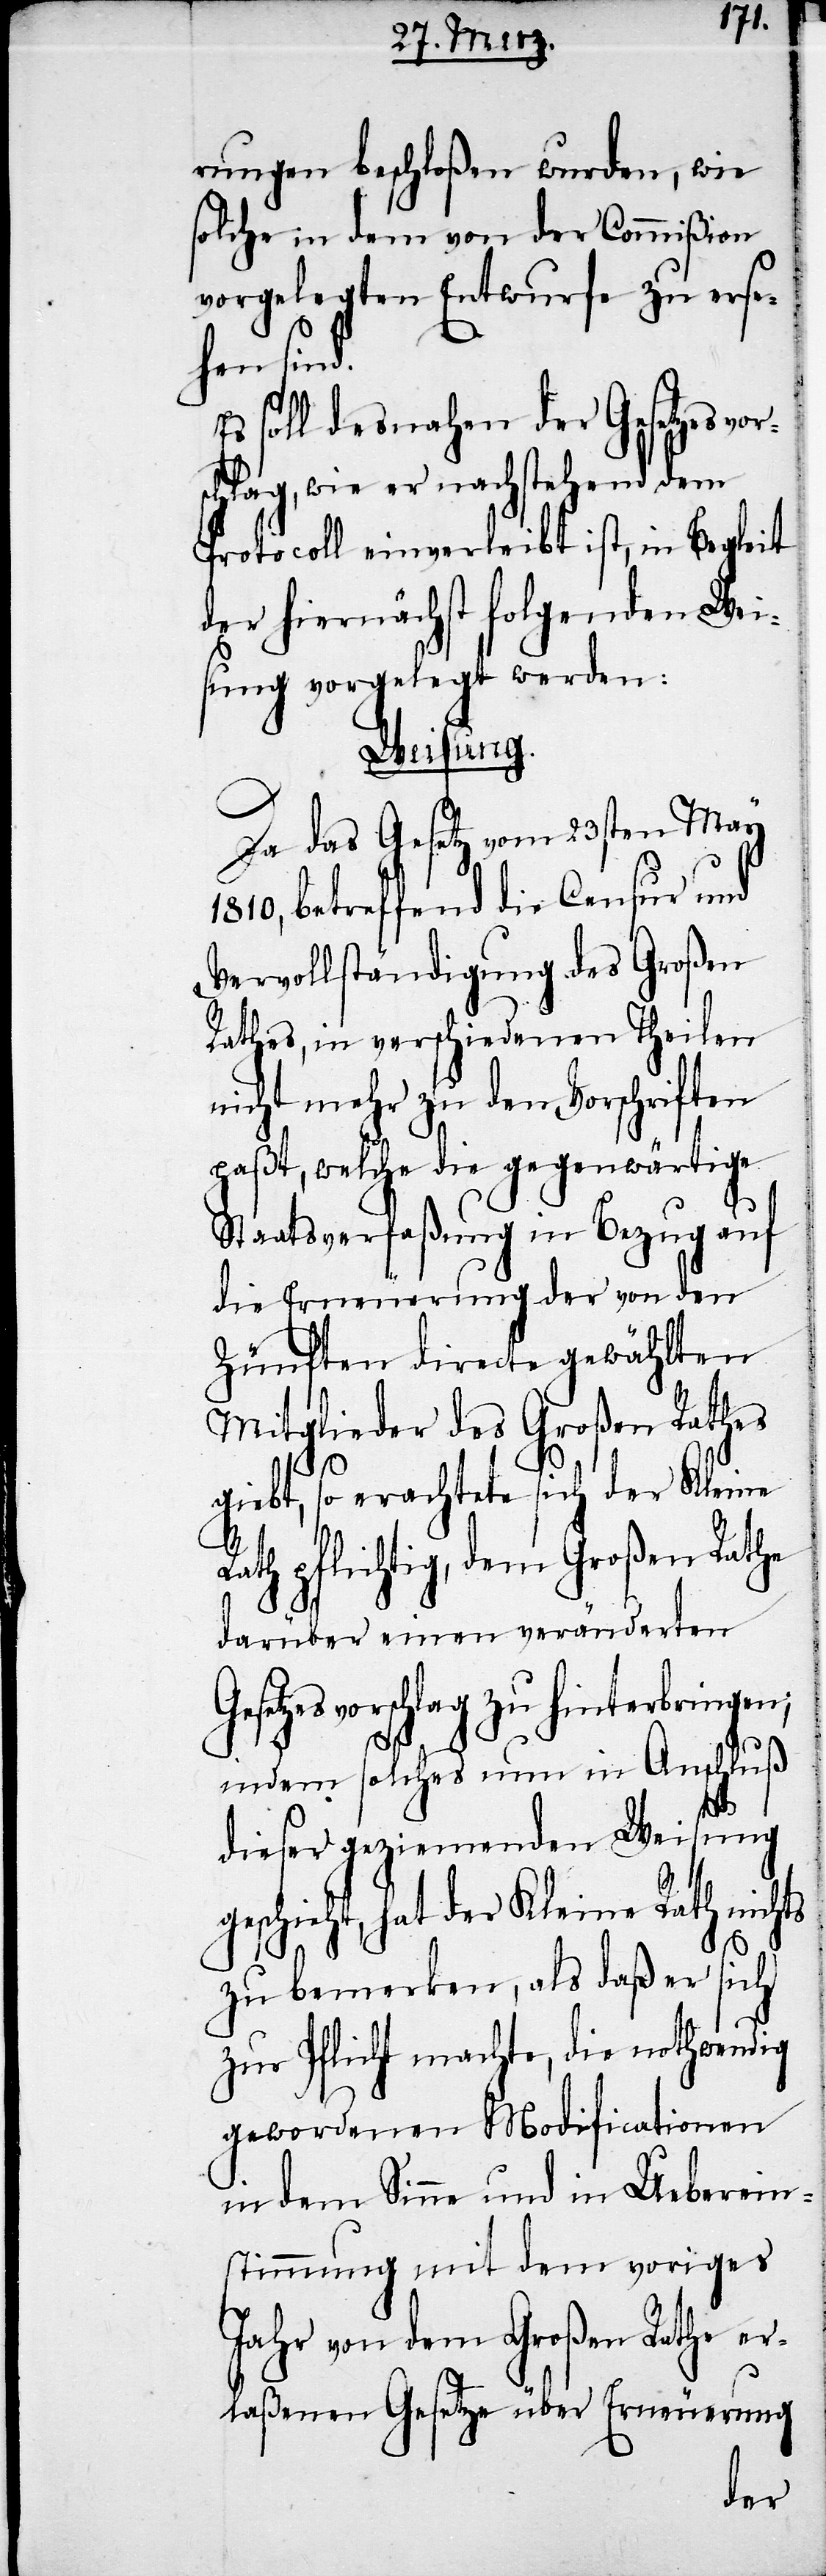
rungen beschloßen wurden, wie
solche in dem von der Commißion
vorgelegten Entwurfe zu erse¬
hen sind.
soll desnahen der Gesetzesvor¬
hlag, wie er nachstehend dem
Protocoll einverleibt ist, in Begleit
der hiernächst folgenden Wei¬
sung vorgelegt werden:
Weisung.
Da das Gesetz vom 23sten May
1810, betreffend die Censur und
Rathes, in verschiedenen Theilen
nicht mehr zu den Vorschriften
Staatsverfaßung in Bezug auf
die Erneuerung der von den
Zünften directe gewählten
Mitglieder des Großen Rathes
giebt, so erachtete sich der Kleine
Rath pflichtig, dem Großen Rathe
darüber einen veränderten
Gesetzesvorschlag zu hinterbringen;
indem solches nun in Anschluß
dieser geziemenden Weisung
geschieht, hat der Kleine Rath nichts
sc¬
zu bemerken, als daß er sich
zur Pflicht machte, die nothwendig
gewordenen Modificationen
in dem Sinne und in Ueberein¬
stimmung mit dem voriges
Jahr von dem Großen Rathe er¬
laßenen Gesetze über Erneuerung
des